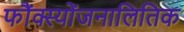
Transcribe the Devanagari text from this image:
फौंक्स्योंजनालितिक